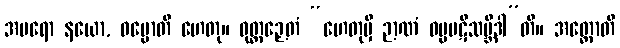
အပရော နယော, ဓမ္မောတိ ဟေတု။ ဝုတ္တဉှေတံ “ဟေတုမှိ ဉာဏံ ဓမ္မပဋိသမ္ဘိဒါ”တိ။ အတ္ထောတိ